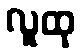
လူထု